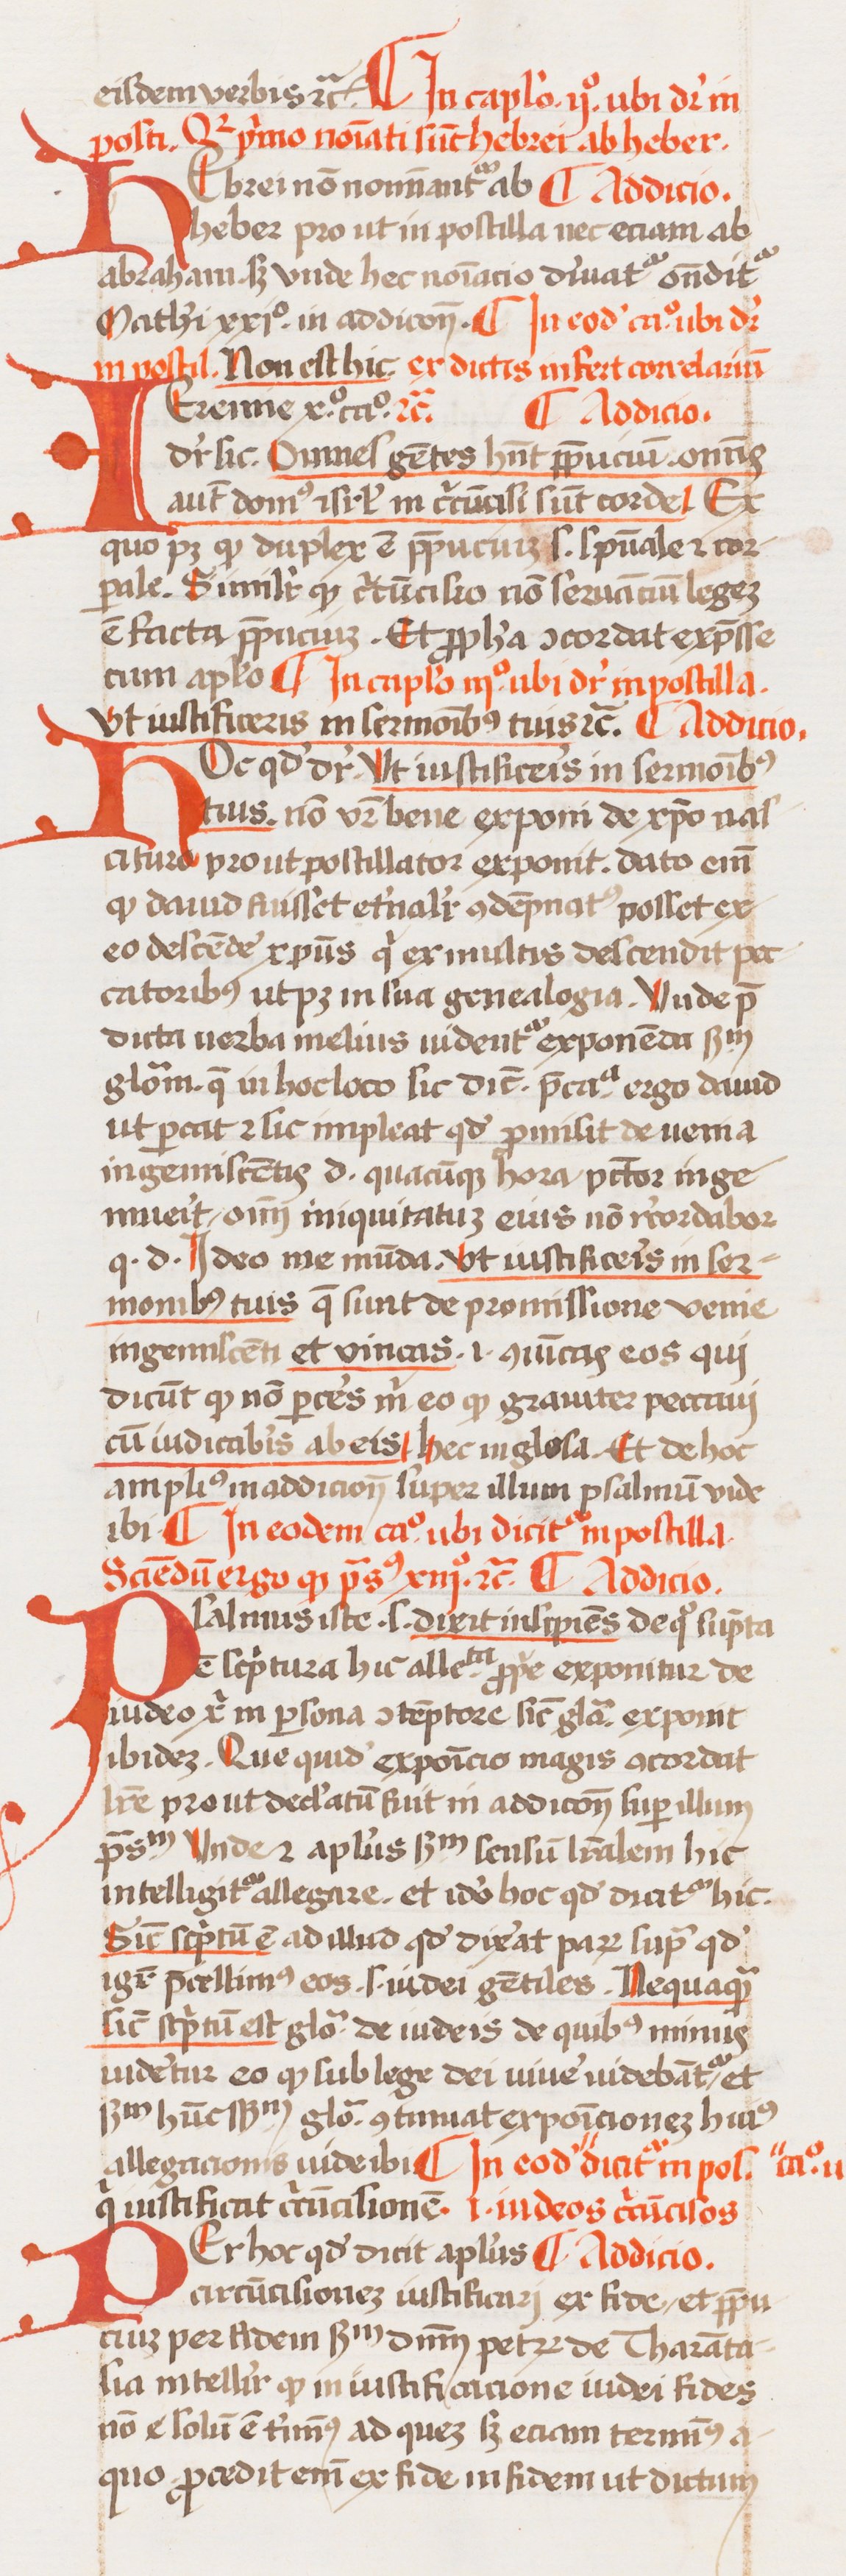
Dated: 1433–1465